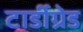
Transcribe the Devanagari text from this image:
टार्डीग्रेड